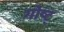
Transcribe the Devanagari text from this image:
गोष्ट्